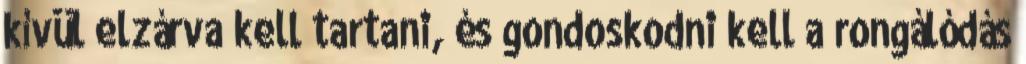
kívül elzárva kell tartani, és gondoskodni kell a rongálódás